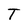
Character: T